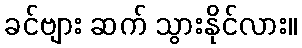
ခင်ဗျား ဆက် သွားနိုင်လား။